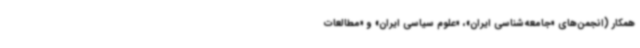
همکار (انجمن‌های «جامعه‌شناسی ایران»، «علوم سیاسی ایران» و «مطالعات